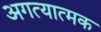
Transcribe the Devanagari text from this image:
अगत्यात्मक